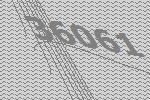
36061